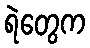
ရဲတွေက